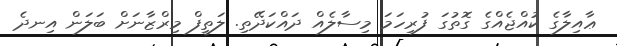
ޢާއިލާގެ ކުއްޖެއްގެ ގޮތުގަ ފުރިހަމަ މިސާލެއް ދައްކަދޭތި. ލަތީފް މިރްޒާނަށް ބަލަން އިނދެ